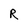
Character: R